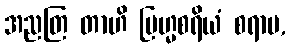
အညတြ တာဟိ ဗြဟ္မစရိယံ စရာမ,